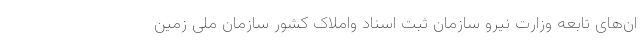
ان‌های تابعه وزارت نیرو سازمان ثبت اسناد واملاک کشور سازمان ملی زمین